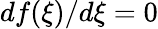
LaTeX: df(\xi)/d\xi=0